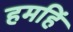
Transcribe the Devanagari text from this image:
हमहिं